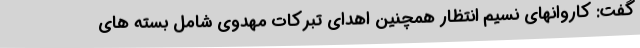
گفت: کاروانهای نسیم انتظار همچنین اهدای تبرکات مهدوی شامل بسته های